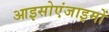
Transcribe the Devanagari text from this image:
आइसोएंजाइमों